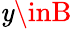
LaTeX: \mathit{y}\inB